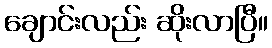
ချောင်းလည်း ဆိုးလာပြီ။